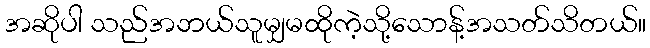
အဆိုပါ သည်အဘယ်သူမျှမထိုကဲ့သို့သောန့်အသတ်သိတယ်။